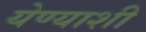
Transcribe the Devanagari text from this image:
येण्याशी